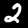
Label: 2